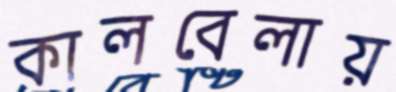
কালবেলায়